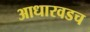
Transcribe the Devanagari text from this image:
आधारवडच